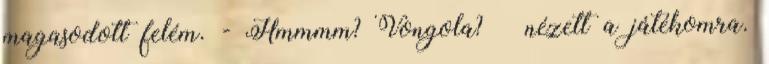
magasodott felém. - Hmmmm? Vongola? – nézett a játékomra.